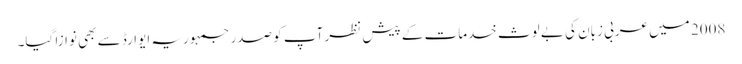
2008 میں عربی زبان کی بے لوث خدمات کے پیش نظر آپ کو صدر جمہوریہ ایوارڈ سے بھی نوازا گیا۔